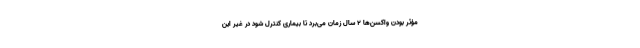
مؤثر بودن واکسن‌ها ۲ سال زمان می‌برد تا بیماری کنترل شود در غیر این